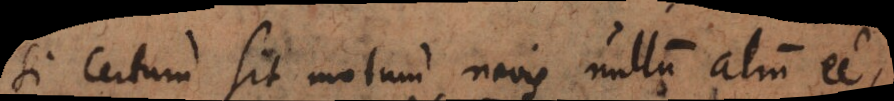
Si certum sit motum navis nullum alium esse,